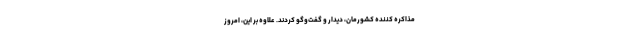
مذاکره‌ کننده کشورمان، دیدار و گفت‌وگو کردند. علاوه بر این، امروز